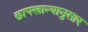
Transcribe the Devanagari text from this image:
छापखान्यानुसार